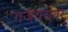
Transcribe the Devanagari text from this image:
गजथरावर